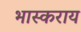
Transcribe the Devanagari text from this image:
भास्कराय